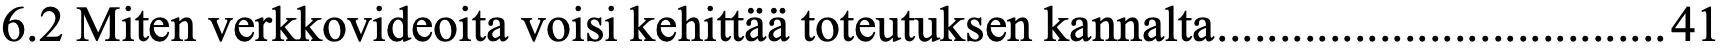
6.2 Miten verkkovideoita voisi kehittää toteutuksen kannalta....................................41